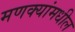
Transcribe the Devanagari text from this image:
मणक्‍यांमधील